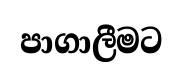
පාගාලීමට